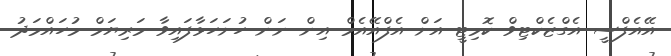
އޭއެފްސީ އެގްޒެކްޓިވް ކޮމިޓީ އަށް އެފްއޭއެމް އިން ނަން ހުށަހަޅާފައިވާ މަރިޔަމް މުހައްމަދު